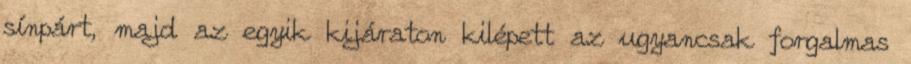
sínpárt, majd az egyik kijáraton kilépett az ugyancsak forgalmas